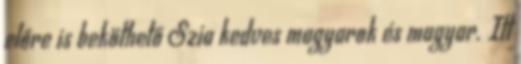
előre is beköthető Szia kedves magyarok és magyar. Itt